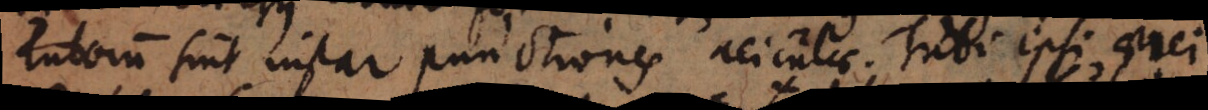
Tuborum sint instar punctiones aciculae. Tubi ipsi aerei